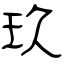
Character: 玖